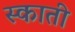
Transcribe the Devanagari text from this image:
स्काती